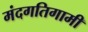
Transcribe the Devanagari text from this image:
मंदगतिगामी